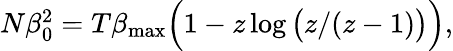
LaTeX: \begin{array}{r}{N\beta_{0}^{2}=T\beta_{\mathrm{max}}\Big(1-z\log\big(z/(z-1)\big)\Big),}\end{array}